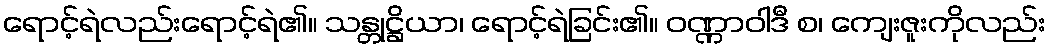
ရောင့်ရဲလည်းရောင့်ရဲ၏။ သန္တုဋ္ဌိယာ၊ ရောင့်ရဲခြင်း၏။ ဝဏ္ဏာဝါဒီ စ၊ ကျေးဇူးကိုလည်း